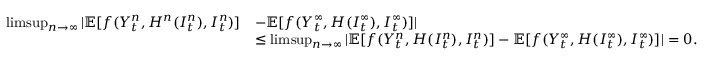
\begin{array} { r l } { \operatorname* { l i m s u p } _ { n \to \infty } | \mathbb { E } [ f ( Y _ { t } ^ { n } , H ^ { n } ( I _ { t } ^ { n } ) , I _ { t } ^ { n } ) ] } & { - \mathbb { E } [ f ( Y _ { t } ^ { \infty } , H ( I _ { t } ^ { \infty } ) , I _ { t } ^ { \infty } ) ] | } \\ & { \le \operatorname* { l i m s u p } _ { n \to \infty } | \mathbb { E } [ f ( Y _ { t } ^ { n } , H ( I _ { t } ^ { n } ) , I _ { t } ^ { n } ) ] - \mathbb { E } [ f ( Y _ { t } ^ { \infty } , H ( I _ { t } ^ { \infty } ) , I _ { t } ^ { \infty } ) ] | = 0 . } \end{array}